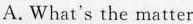
A. What's the matter